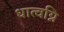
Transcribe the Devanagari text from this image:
धात्वग्नि